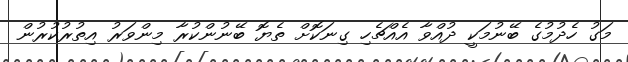
މަގު ހެދުމުގެ ބޭނުމަކީ ދުއްވާ އެއްޗެހި ގިނަކޮށް ތެޔޮ ބޭނުންކުރާ މިންވަރު އިތުރުކުރުން